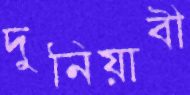
দুনিয়াবী